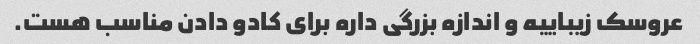
عروسک زیباییه و اندازه بزرگی داره برای کادو دادن مناسب هست.